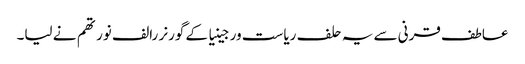
عاطف قرنی سے یہ حلف ریاست ورجینیا کے گورنر رالف نورتھم نے لیا۔